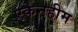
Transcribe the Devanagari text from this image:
एकेनहीम